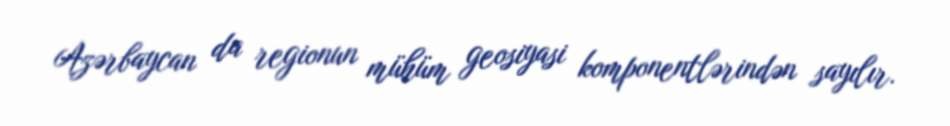
Azərbaycan da regionun mühüm geosiyasi komponentlərindən sayılır.